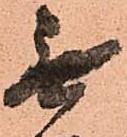
無